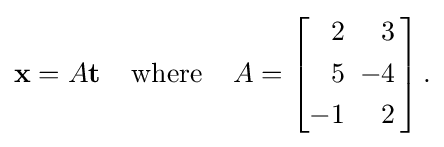
\mathbf {x} =A\mathbf {t} \;\;\;\;{\text{where}}\;\;\;\;A=\left[{\begin{alignedat}{2}2&&3&\\5&&\;\;-4&\\-1&&2&\end{alignedat}}\,\right]{\text{.}}